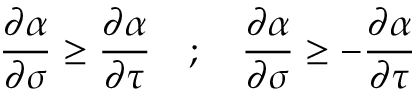
\frac { \partial \alpha } { \partial \sigma } \ge \frac { \partial \alpha } { \partial \tau } \quad ; \quad \frac { \partial \alpha } { \partial \sigma } \ge - \frac { \partial \alpha } { \partial \tau }